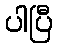
ပါပြီ